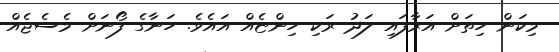
މިކަން ހިތަށް އަރާފައި ލަދު ރަކި ހިންޏެއް އައެވެ. ހަނާގެ ފޯނަށް މެސެޖެއް